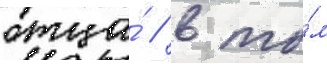
отца́ / в то́м